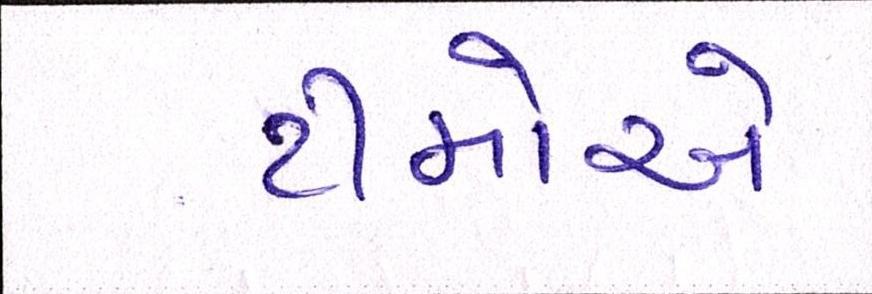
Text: ટીમોએ